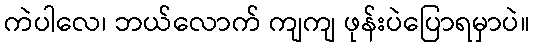
ကဲပါလေ၊ ဘယ်လောက် ကျကျ ဖုန်းပဲပြောရမှာပဲ။